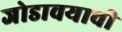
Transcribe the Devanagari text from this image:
जोडावयाची